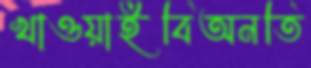
খাওয়াইবিঅনতি